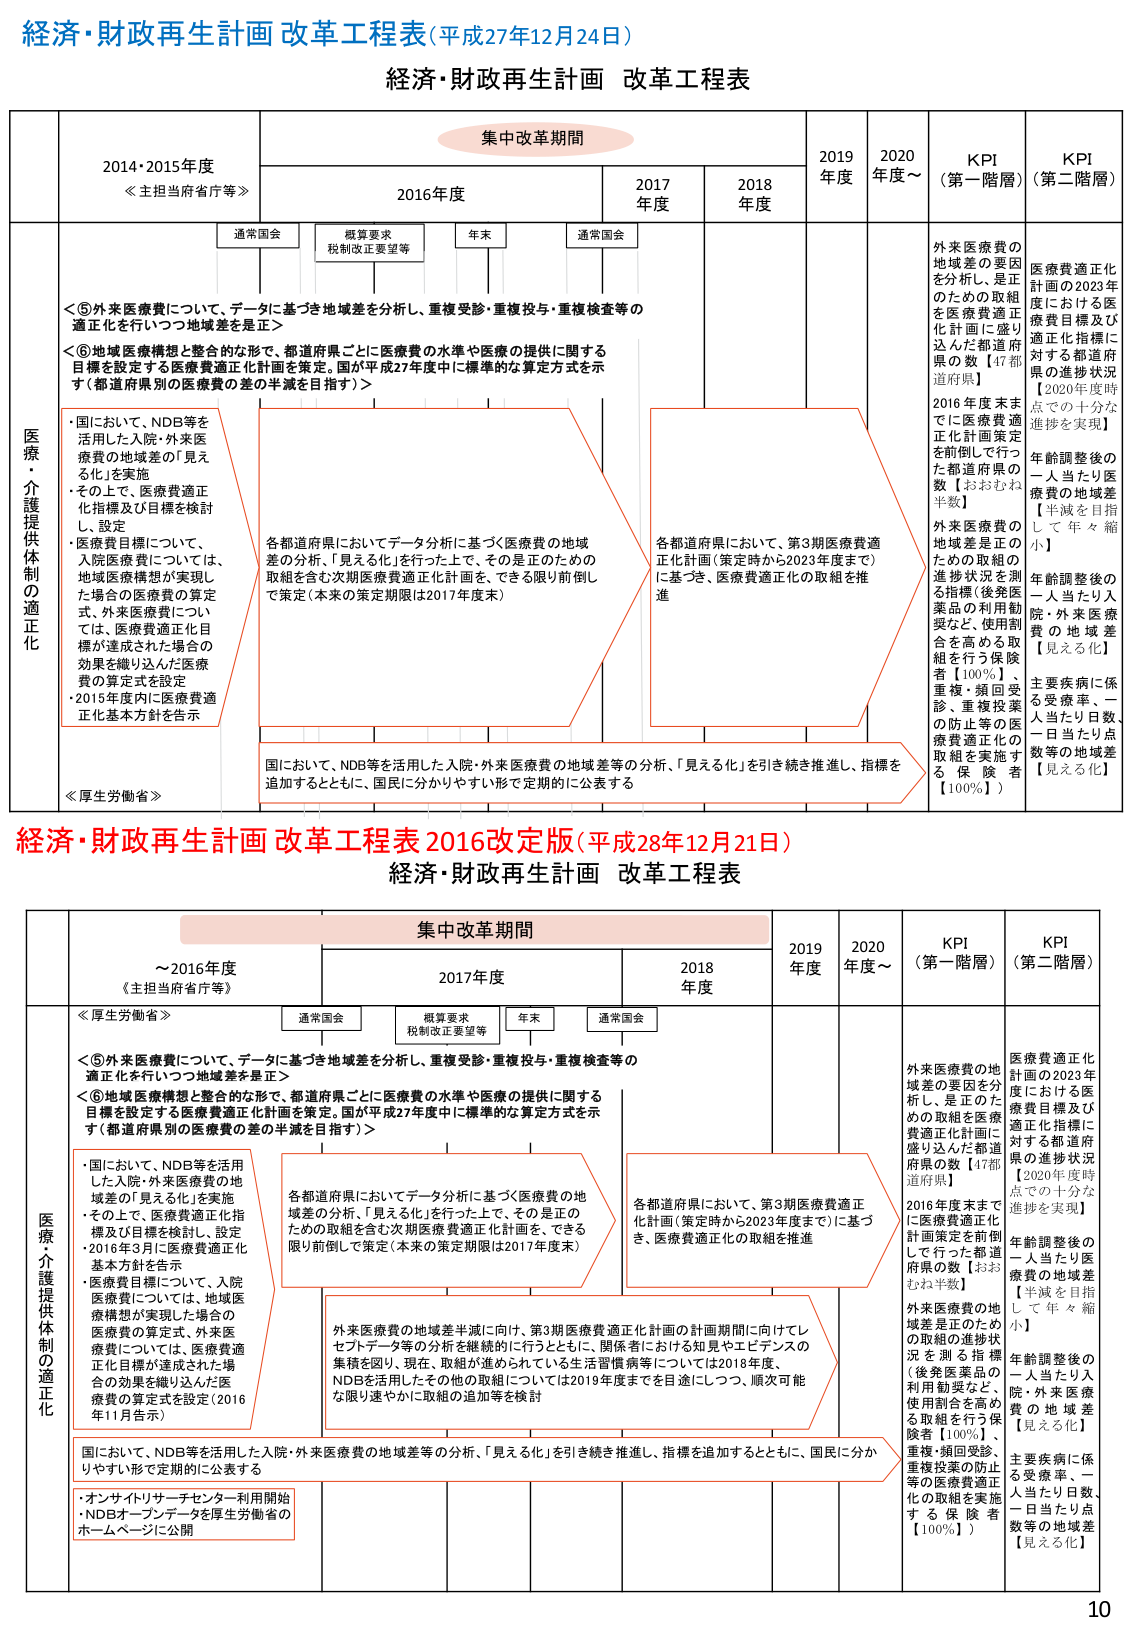
経済・財政再生計画 改革工程表（平成27年12月24日）
経済・財政再生計画 改革工程表

集中改革期間
2014・2015年度
≪主担当府省庁等≫
2016年度
2017年度
2018年度
2019年度
2020年度～
KPI（第一階層）
KPI（第二階層）

通常国会
概算要求
税制改正要望等
年末
通常国会

医療・介護提供体制の適正化

＜⑤外来医療費について、データに基づき地域差を分析し、重複受診・重複投与・重複検査等の適正化を行いつつ地域差を是正＞
＜⑥地域医療構想と整合的な形で、都道府県ごとに医療費の水準や医療の提供に関する目標を設定する医療費適正化計画を策定。国が平成27年度中に標準的な算定方式を示す（都道府県別の医療費の差の半減を目指す）＞

・国において、NDB等を活用した入院・外来医療費の地域差の「見える化」を実施
・その上で、医療費適正化指標及び目標値を検討し、設定
・医療費目標について、入院医療費については、地域医療構想が実現した場合の医療費の算定式、外来医療費については、医療費適正化目標が達成された場合の効果を織り込んだ医療費の算定式を設定
・2015年度内に医療費適正化基本方針を告示

各都道府県においてデータ分析に基づく医療費の地域差の分析、「見える化」を行った上で、その是正のための取組を含む次期医療費適正化計画を、できる限り前倒しに策定（本来の策定期限は2017年度末）

各都道府県において、第3期医療費適正化計画（策定時から2023年度まで）に基づき、医療費適正化の取組を推進

国において、NDB等を活用した入院・外来医療費の地域差等の分析、「見える化」を引き続き推進し、指標を追加するとともに、国民に分かりやすい形で定期的に公表する

外来医療費の地域差の要因を分析し、是正のための取組を医療費適正化計画に盛り込んだ都道府県の数【47都道府県】
2016年度末までに医療費適正化計画策定を前倒しで行った都道府県の数【おおむね半数】
外来医療費の地域差是正のための取組の進捗状況を測る指標（後発医薬品の利用動向など、使用割合を高める取組を行う保険者【100％】、重複・頻回受診、重複投薬の防止等の医療費適正化の取組を実施する保険者【100％】）

医療費適正化計画における医療費目標及び適正化指標に対する都道府県の進捗状況【2020年度時点で十分な進捗を実現】
年齢調整後の一人当たり医療費の地域差【半減を目指して年々縮小】
年齢調整後の一人当たり入院・外来医療費の地域差【見える化】
主要疾病に係る受療率、一人当たり日数、一日当たり点数等の地域差【見える化】

≪厚生労働省≫

経済・財政再生計画 改革工程表 2016改定版（平成28年12月21日）
経済・財政再生計画 改革工程表

集中改革期間
～2016年度
≪主担当府省庁等≫
2017年度
2018年度
2019年度
2020年度～
KPI（第一階層）
KPI（第二階層）

通常国会
概算要求
税制改正要望等
年末
通常国会

医療・介護提供体制の適正化

＜⑤外来医療費について、データに基づき地域差を分析し、重複受診・重複投与・重複検査等の適正化を行いつつ地域差を是正＞
＜⑥地域医療構想と整合的な形で、都道府県ごとに医療費の水準や医療の提供に関する目標を設定する医療費適正化計画を策定。国が平成27年度中に標準的な算定方式を示す（都道府県別の医療費の差の半減を目指す）＞

・国において、NDB等を活用した入院・外来医療費の地域差の「見える化」を実施
・その上で、医療費適正化指標及び目標を検討し、設定
・2016年3月に医療費適正化基本方針を告示
・医療費目標について、入院医療費については、地域医療構想が実現した場合の医療費の算定式、外来医療費については、医療費適正化目標が達成された場合の効果を織り込んだ医療費の算定式を設定（2016年11月告示）

各都道府県においてデータ分析に基づく医療費の地域差の分析、「見える化」を行った上で、その是正のための取組を含む次期医療費適正化計画を、できる限り前倒しで策定（本来の策定期限は2017年度末）

各都道府県において、第3期医療費適正化計画（策定時から2023年度まで）に基づき、医療費適正化の取組を推進

外来医療費の地域差半減に向け、第3期医療費適正化計画の計画期間に向けてレセプトデータ等の分析を継続的に行うとともに、関係者における知見やエビデンスの集積を図り、現在、取組が進められている生活習慣病等については2018年度、NDBを活用したその他の取組については2019年度までを目途にしつつ、順次可能な限り速やかに取組の追加等を検討

国において、NDB等を活用した入院・外来医療費の地域差等の分析、「見える化」を引き続き推進し、指標を追加するとともに、国民に分かりやすい形で定期的に公表する

・オンラインリサーチセンター利用開始
・NDBオープンデータを厚生労働省のホームページに公開

外来医療費の地域差の要因を分析し、是正のための取組を医療費適正化計画に盛り込んだ都道府県の数【47都道府県】
2016年度末までに医療費適正化計画策定を前倒しで行った都道府県の数【おおむね半数】
外来医療費の地域差是正のための取組の進捗状況を測る指標（後発医薬品の利用動向など、使用割合を高める取組を行う保険者【100％】、重複・頻回受診、重複投薬の防止等の医療費適正化の取組を実施する保険者【100％】）

医療費適正化計画の2023年における医療費目標及び適正化指標に対する都道府県の進捗状況【2020年度時点で十分な進捗を実現】
年齢調整後の一人当たり医療費の地域差【半減を目指して年々縮小】
年齢調整後の一人当たり入院・外来医療費の地域差【見える化】
主要疾病に係る受療率、一人当たり日数、一日当たり点数等の地域差【見える化】

10